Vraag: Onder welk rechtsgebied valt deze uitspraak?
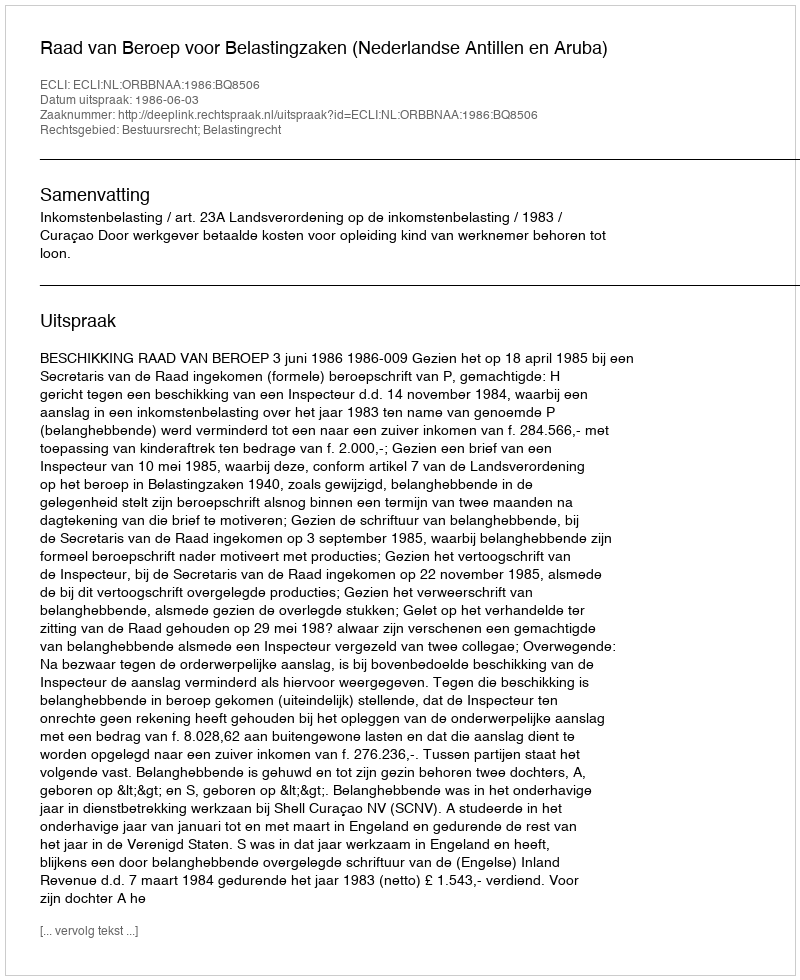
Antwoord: Bestuursrecht; Belastingrecht